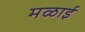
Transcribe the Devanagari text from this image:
मळाई